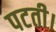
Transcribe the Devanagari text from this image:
पटती।